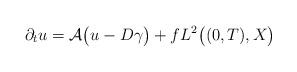
LaTeX: \begin{align*} \partial_{t} u = \mathcal{A} \big(u - D \gamma\big) + f L^{2}\big((0, T), X\big) \end{align*}